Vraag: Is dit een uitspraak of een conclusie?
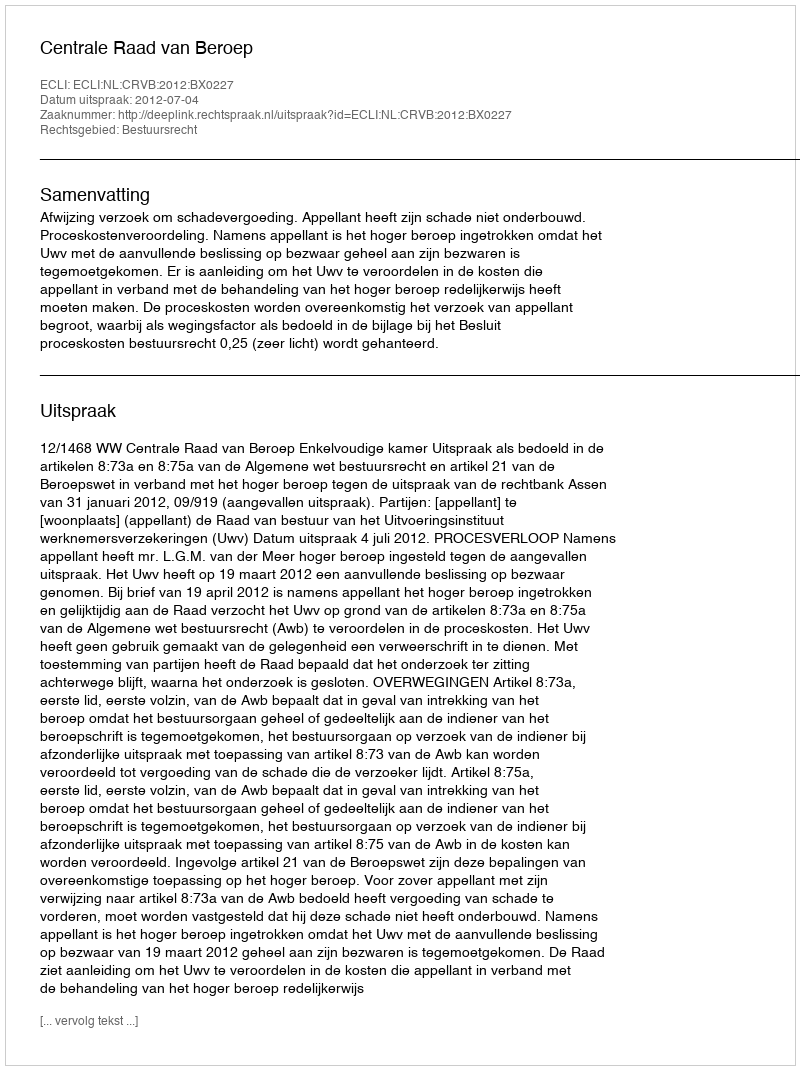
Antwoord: Uitspraak